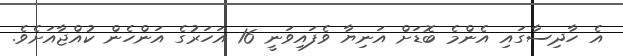
އެ ހާދިސާގައި އެންމެ ބޮޑަށް އަނިޔާ ވެފައިވަނީ 16 އަހަރުގެ އަންހެން ކުއްޖާއަށެވެ.